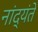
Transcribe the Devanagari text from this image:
नांद्यंते